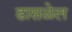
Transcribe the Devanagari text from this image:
ढासळेल